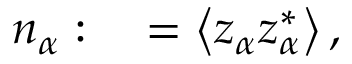
\begin{array} { r l } { n _ { \alpha } : } & { { } = \left\langle z _ { \alpha } z _ { \alpha } ^ { * } \right\rangle , } \end{array}